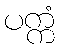
ပက္ကံ